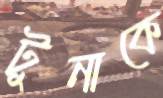
টুনাকে